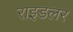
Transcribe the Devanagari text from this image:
राइडलर